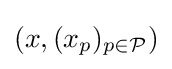
(x,(x_{p})_{p\in {\mathcal {P}}})